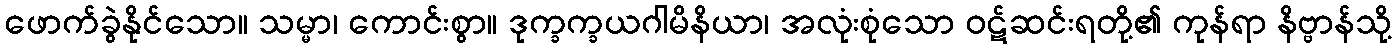
ဖောက်ခွဲနိုင်သော။ သမ္မာ၊ ကောင်းစွာ။ ဒုက္ခက္ခယဂါမိနိယာ၊ အလုံးစုံသော ဝဋ်ဆင်းရတို့၏ ကုန်ရာ နိဗ္ဗာန်သို့